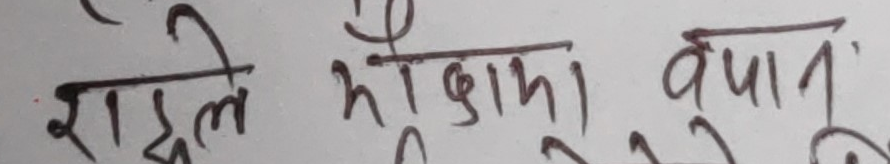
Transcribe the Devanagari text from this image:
राहुलले रोकामा व्यापार